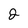
Character: 2